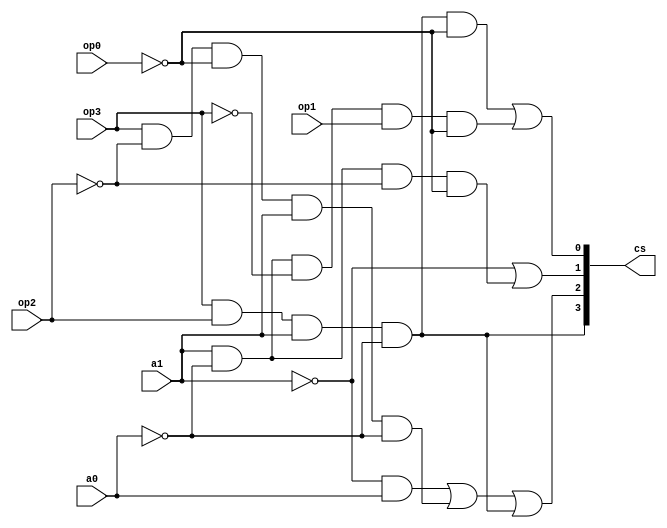
/*Name : Shrinidhi Anil Varna 	Roll no.: 17CO145
	 Vybhav Pai             Roll no.: 17CO252
*/

module cu(op3,op2,op1,op0,a1,a0,cs);	
input op3,op2,op1,op0,a1,a0;	//taking 4 bit inputs from funct7 and funct3 and two bit alu input 
output [3:0]cs;
wire f7,f30,f31,f32,w1,w2,w3,w4,w5,wop3,wop0,wa1,wa0,wop2;

not(wop3,op3);			//implementing not for all possible inputs
not(wop2,op2);
not(wop0,op0);
not(wa1,a1);
not(wa0,a0);

and(cs[3],op3,op2,a1,wa0);	//implementing boolean algebra logic based on truth table
and(w2,wa1,(a0));
and(w3,op3,wop2,wop0,a1,wa0);
or(cs[2],w2,w3,cs[3]);
and(w1,a1,wa0,wop2,wop0);
or(cs[1],wa1,w1);
and(w5,a1,wa0,wop3,op1,wop0);
and(w4,cs[3],wop0);
or(cs[0],w4,w5);
endmodule